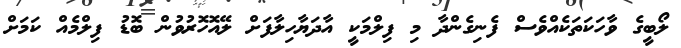
ލޯބީގެ ވާހަކަތަކެއްވެސް ފެނިގެންދާ މި ފިލްމަކީ އާދަޔާހިލާފަށް ލޭއޮހޮރުވުން ބޮޑު ފިލްމެއް ކަމަށް